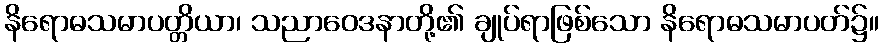
နိရောဓသမာပတ္တိယာ၊ သညာဝေဒနာတို့၏ ချုပ်ရာဖြစ်သော နိရောဓသမာပတ်၌။